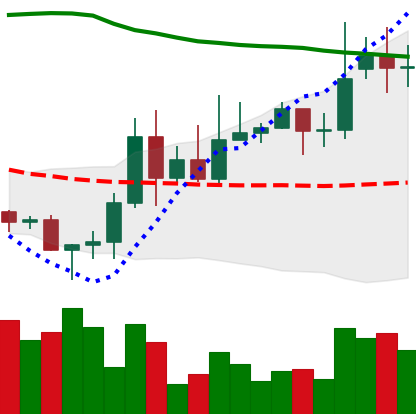
Ticker: DOGE-USD
Chart end date: 2020-11-19
Forward return: 44.418%
Label: up_7plus